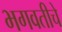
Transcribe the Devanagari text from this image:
भगवतीचे